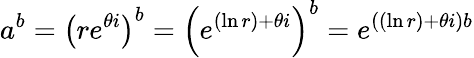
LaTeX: a^{b}=\left(re^{\theta i}\right)^{b}=\left(e^{(\ln r)+\theta i}\right)^{b}=e^{\left((\ln r)+\theta i\right)b}